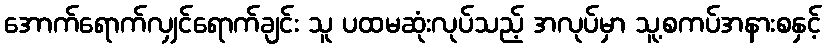
အောက်ရောက်လျှင်ရောက်ချင်း သူ ပထမဆုံးလုပ်သည့် အလုပ်မှာ သူ့စကပ်အနားစနှင့်